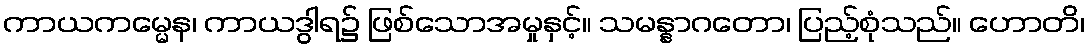
ကာယကမ္မေန၊ ကာယဒွါရ၌ ဖြစ်သောအမှုနှင့်။ သမန္နာဂတော၊ ပြည့်စုံသည်။ ဟောတိ၊